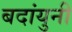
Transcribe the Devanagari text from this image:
बदांयुनी